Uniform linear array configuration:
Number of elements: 48
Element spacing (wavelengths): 1
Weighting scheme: hann
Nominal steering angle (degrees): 45
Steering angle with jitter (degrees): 45.473
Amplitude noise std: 0.05
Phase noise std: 0.05

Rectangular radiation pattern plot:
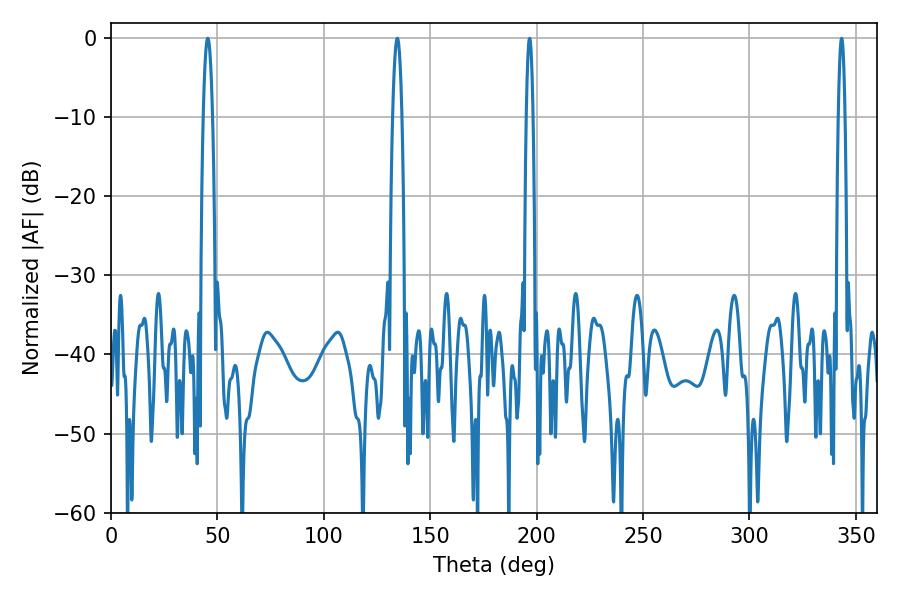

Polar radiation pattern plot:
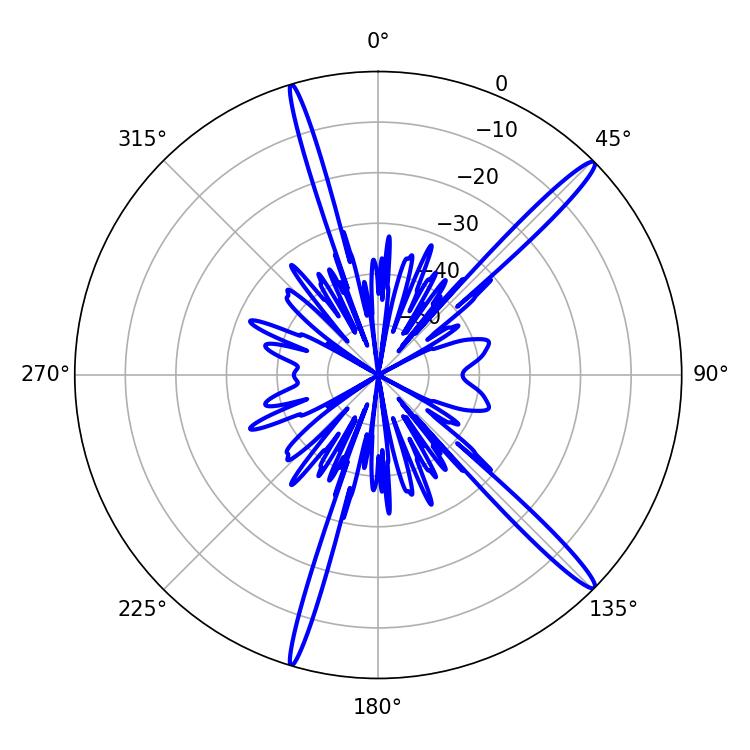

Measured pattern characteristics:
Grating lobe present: TRUE
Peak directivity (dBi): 16.362
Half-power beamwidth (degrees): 1.62
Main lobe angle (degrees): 196.74